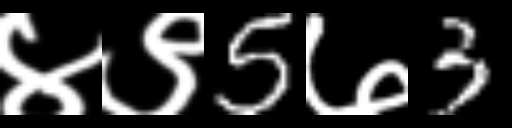
Text: ४९5७3